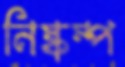
নিষ্কম্প